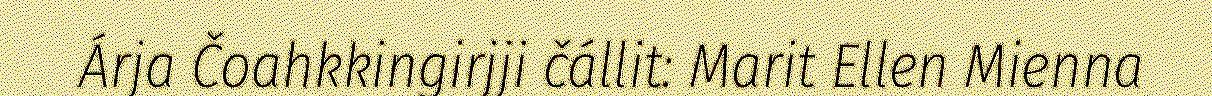
Árja Čoahkkingirjji čállit: Marit Ellen Mienna